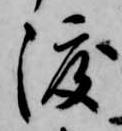
渡